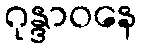
ဂုန္ဒာဝနေ